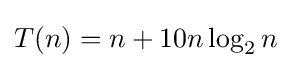
T(n)=n+10n\log _{2}n